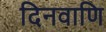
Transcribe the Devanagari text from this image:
दिनवाणि